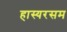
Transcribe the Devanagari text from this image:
हास्यरसम